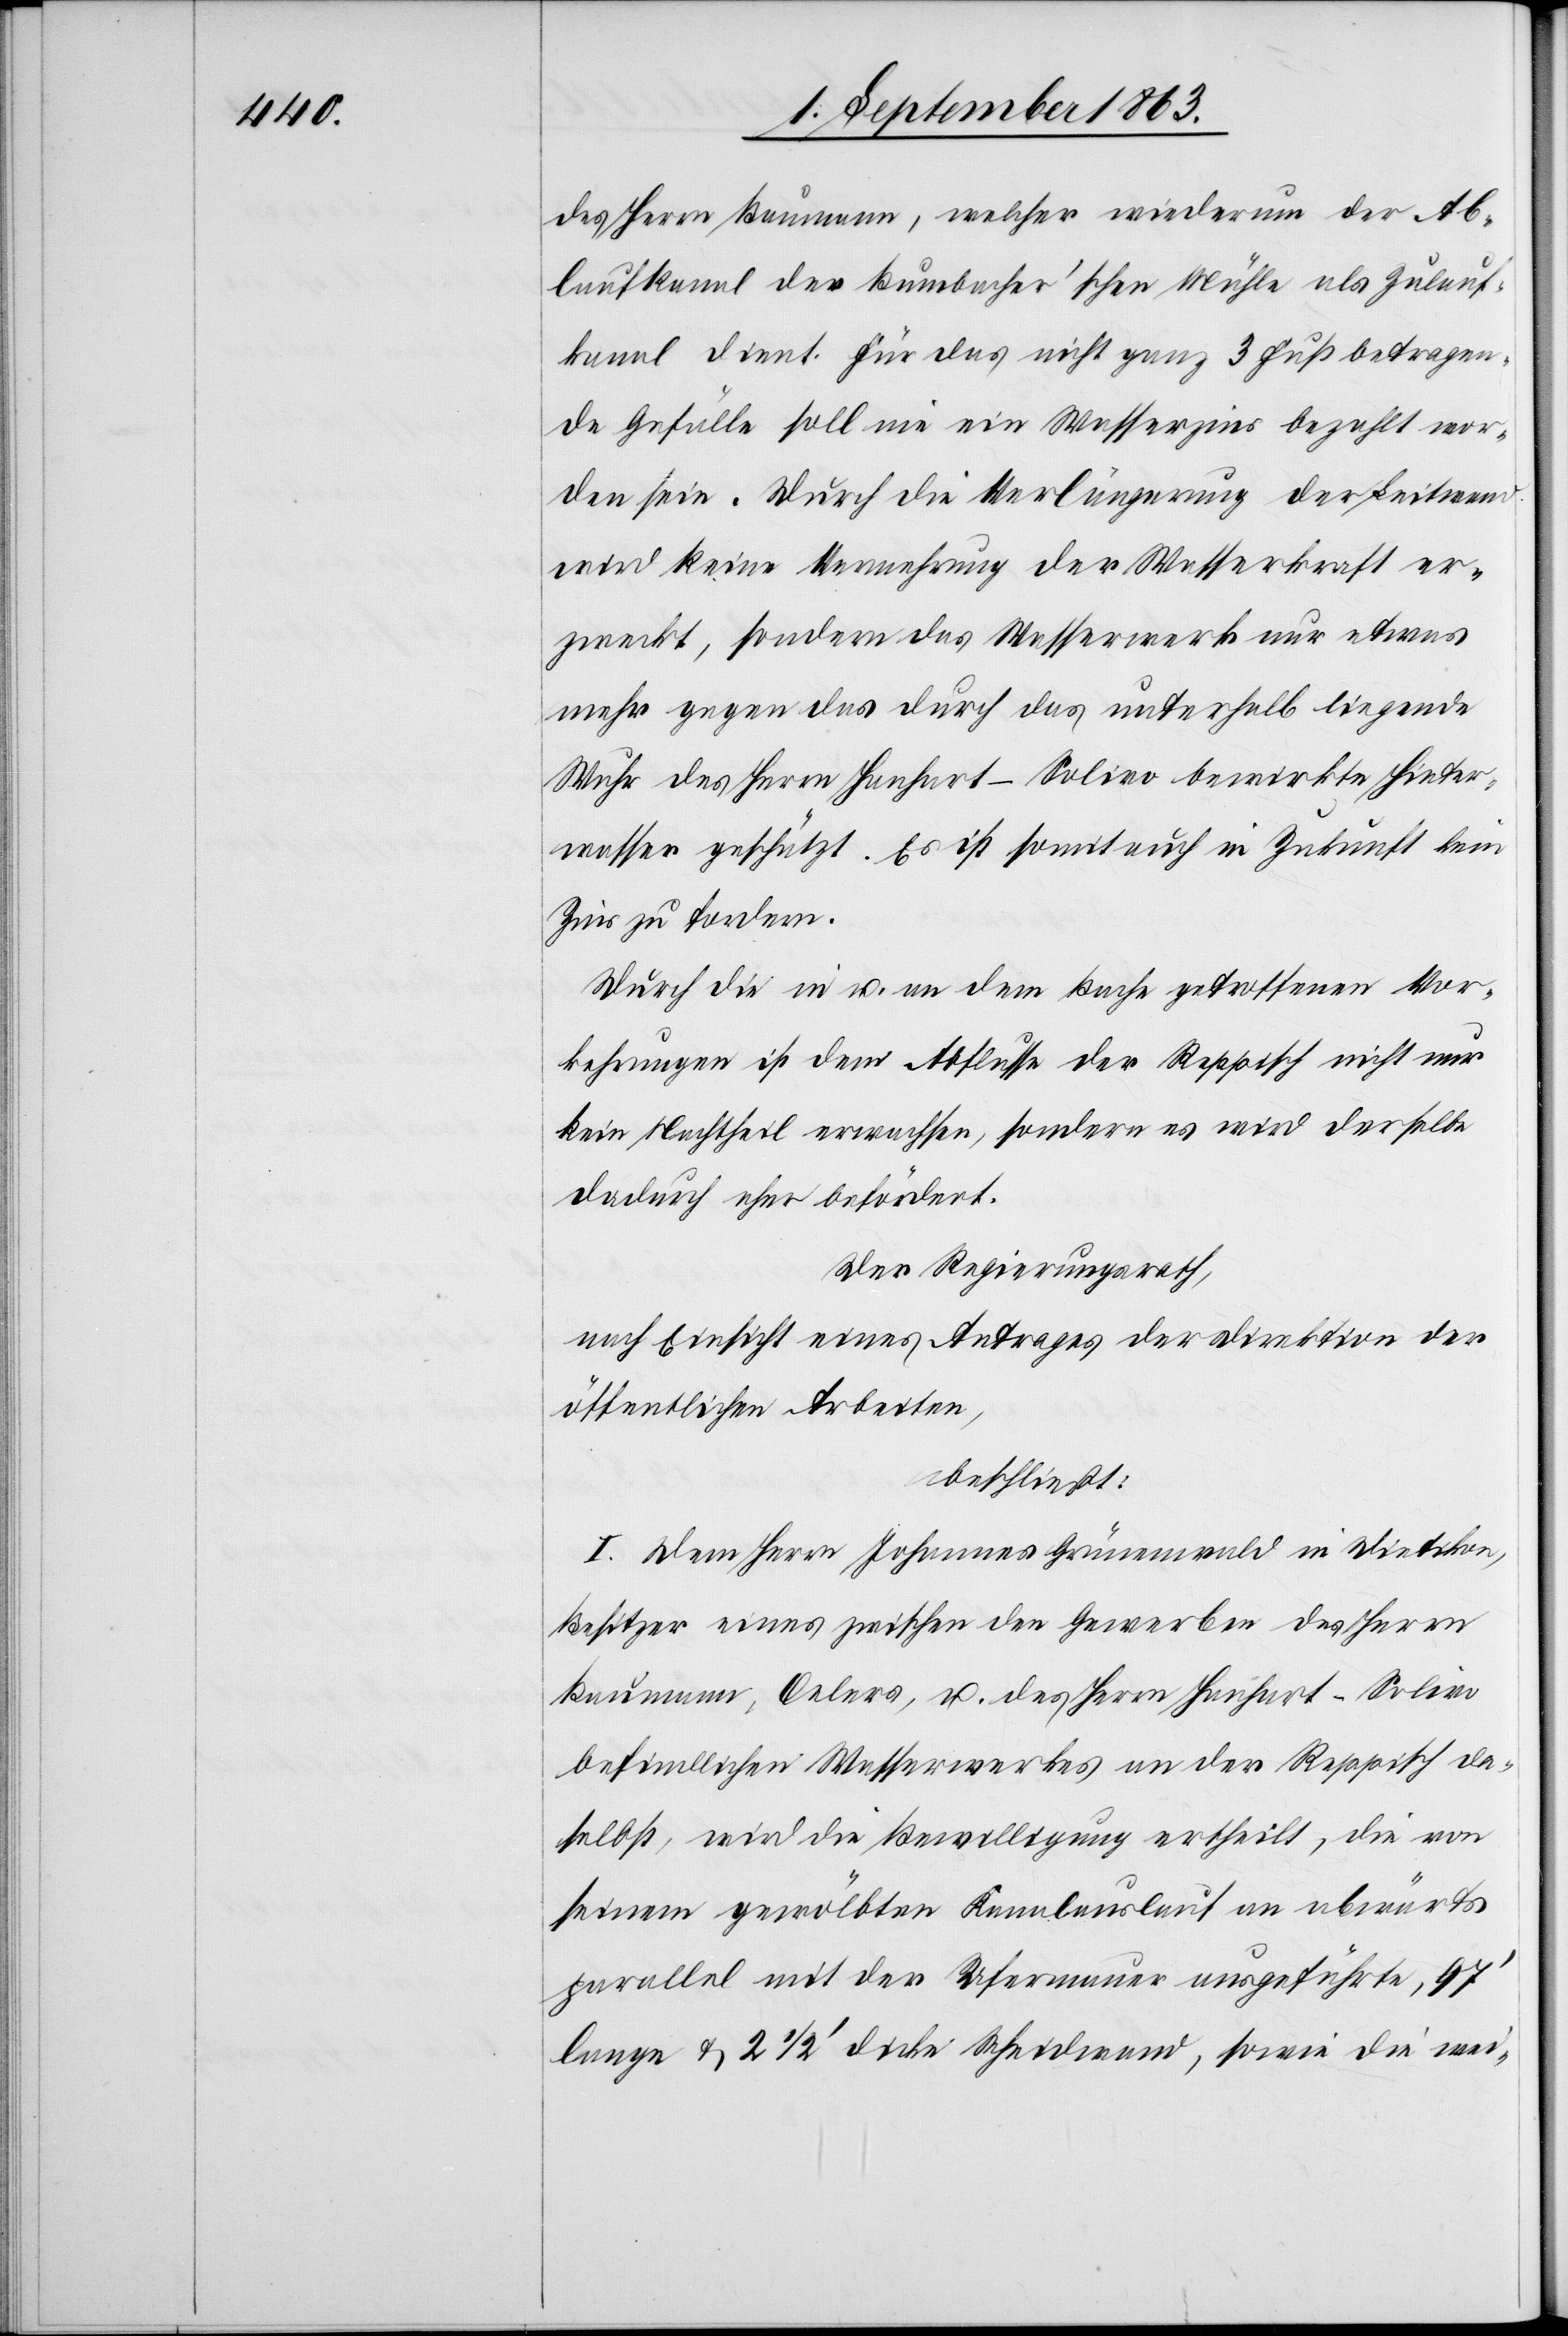
des Herrn Baumann, welcher wiederum der Ab¬
laufkanal der Bumbacher'schen Mühle als Zulauf¬
kanal dient. Für das nicht ganz 3 Fuß betragen¬
de Gefälle soll nie ein Wasserzins bezahlt wor¬
den sein. Durch die Verlängerung der Leitwand
wird keine Vermehrung der Wasserkraft er¬
zweckt, sondern das Wasserwerk nur etwas
mehr gegen das durch das unterhalb liegende
Wuhr des Herrn Hanhart-Solivo bewirkte Hinter¬
wasser geschützt. Es ist somit auch in Zukunft kein
Zins zu fordern.
Durch die in u. an dem Bache getroffenen Vor¬
kehrungen ist dem Abflusse der Reppisch nicht nur
kein Nachtheil erwachsen, sondern es wird derselbe
dadurch eher befördert.
Der Regierungsrath,
nach Einsicht eines Antrages der Direktion der
öffentlichen Arbeiten,
beschließt:
I. Dem Herrn Johannes Grünenwald in Dietikon,
Besitzer eines zwischen den Gewerben des Herrn
Baumann, Oelers, u. des Herrn Hanhart-Solivo
befindlichen Wasserwerkes an der Reppisch da¬
selbst, wird die Bewilligung ertheilt, die von
seinem gewölbten Kanalauslauf an abwärts
parallel mit der Ufermauer ausgeführte, 97'
lange & 2 1/2' dicke Scheidwand, sowie die wei-